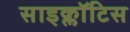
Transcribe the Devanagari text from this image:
साइक्लॉटिस